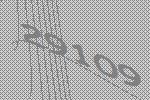
29109